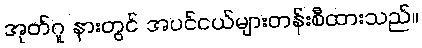
အုတ်ဂူ နားတွင် အပင်ငယ်များတန်းစီထားသည်။